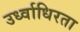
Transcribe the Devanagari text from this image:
उर्ध्वाधिरता